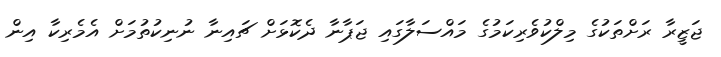
ޖަޒީރާ ރަށްތަކުގެ މިލްކުވެރިކަމުގެ މައްސަލާގައި ޖަޕާނާ ދެކޮޅަށް ޗައިނާ ނުނިކުތުމަށް އެމެރިކާ އިން